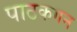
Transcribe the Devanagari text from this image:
पाठकगन